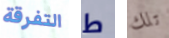
التفرقة ط تلك